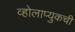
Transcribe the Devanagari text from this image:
व्होलाप्युकची